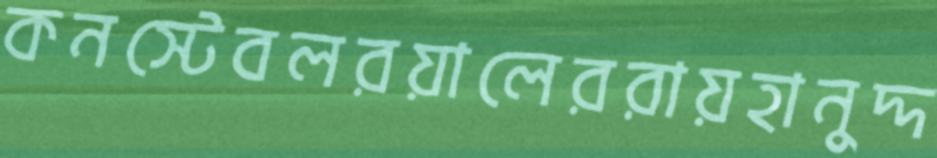
কনস্টেবলরয়ালেররায়হানুদ্দ